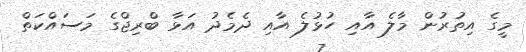
މީގެ އިތުރުން މާލެ އާއި ހުޅުލެ އާއި ދެމެދު އަޅާ ބްރިޖްގެ މަސައްކަތް